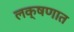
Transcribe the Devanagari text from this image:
लक्षणात